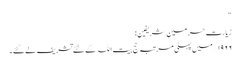
“
زیارتِ حرمین شریفین:
۱۹۶۶/ میں پہلی مرتبہ حج بیت اللہ کے لئے تشریف لے گئے۔